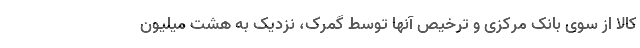
کالا از سوی بانک مرکزی و ترخیص آنها توسط گمرک، نزدیک به هشت میلیون